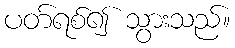
ပတ်ရစ်၍ သွားသည်။